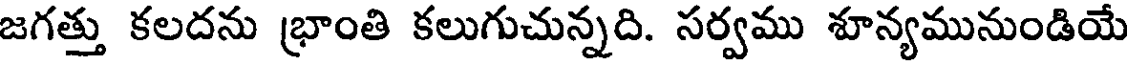
జగత్తు కలదను భ్రాంతి కలుగుచున్నది. సర్వము శూన్యమునుండియే